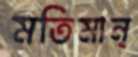
মতিমান্‌